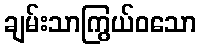
ချမ်းသာကြွယ်ဝသော